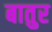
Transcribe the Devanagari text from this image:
बातुर